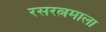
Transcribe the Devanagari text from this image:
रसरत्नमाला